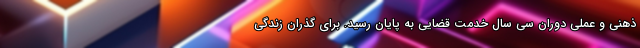
ذهنی و عملی دوران سی سال خدمت قضایی به پایان رسید. برای گذران زندگی